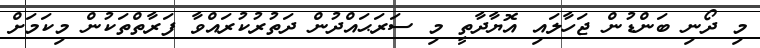
މި ދޯނި ބަންޑުން ޖަހާލައި އޮޔާދާތީ މި ސަރަޙައްދުން ދަތުރުކުރައްވާ ފަރާތްތަކުން މިކަމަށް